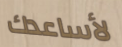
لأساعدك